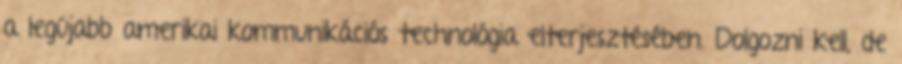
a legújabb amerikai kommunikációs technológia elterjesztésében. Dolgozni kell, de